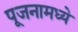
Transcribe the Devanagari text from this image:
पूजनामध्ये